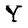
Character: Y